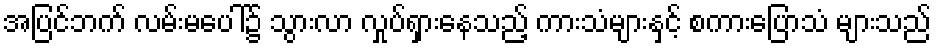
အပြင်ဘက် လမ်းမပေါ်၌ သွားလာ လှုပ်ရှားနေသည့် ကားသံများနှင့် စကားပြောသံ များသည်